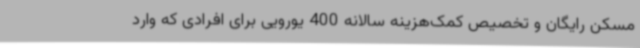
مسکن رایگان و تخصیص کمک‌هزینه سالانه 400 یورویی برای افرادی که وارد